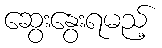
ဆွေးနွေးရမည့်